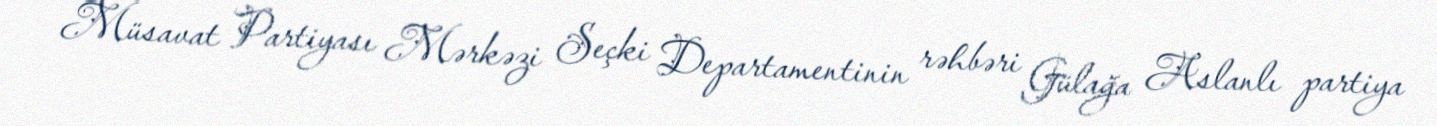
Müsavat Partiyası Mərkəzi Seçki Departamentinin rəhbəri Gülağa Aslanlı partiya